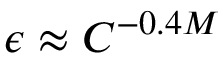
\epsilon \approx C ^ { - 0 . 4 M }